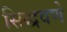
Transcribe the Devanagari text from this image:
सिद्धवणे